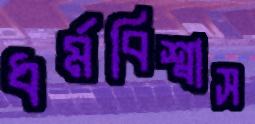
ধর্মবিশ্বাস